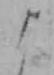
よ